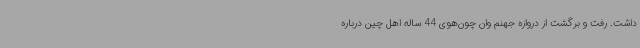
داشت. رفت و برگشت از دروازه جهنم وان چون‌هوی 44 ساله اهل چین درباره